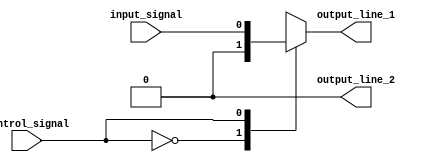
module demux(
  input wire input_signal,
  input wire control_signal,
  output reg output_line_1,
  output reg output_line_2
);

always @ (input_signal, control_signal)
begin
  case(control_signal)
    2'b00: begin
      output_line_1 <= 1'b0;
      output_line_2 <= 1'b0;
    end
    2'b01: begin
      output_line_1 <= input_signal;
      output_line_2 <= 1'b0;
    end
    2'b10: begin
      output_line_1 <= 1'b0;
      output_line_2 <= input_signal;
    end
    2'b11: begin
      output_line_1 <= 1'bZ;
      output_line_2 <= 1'bZ;
    end
  endcase
end

endmodule